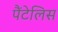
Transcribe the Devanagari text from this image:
पैंटेलिस